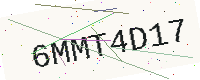
Text: 6MMT4D17